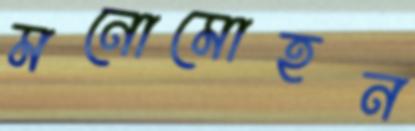
মনোমোহন